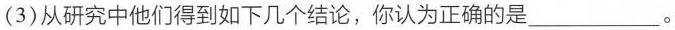
(3)从研究中他们得到如下几个结论，你认为正确的是___ 。